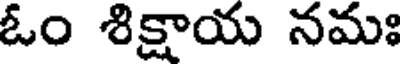
ఓం శిక్షాయ నమః